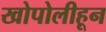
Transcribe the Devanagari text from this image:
खोपोलीहून